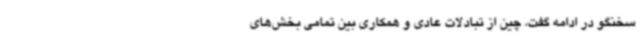
سخنگو در ادامه گفت، چین از تبادلات عادی و همکاری بین تمامی بخش‌های